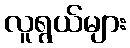
လူရွယ်များ